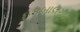
ઇકબાલગઢ